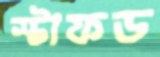
স্টাফড